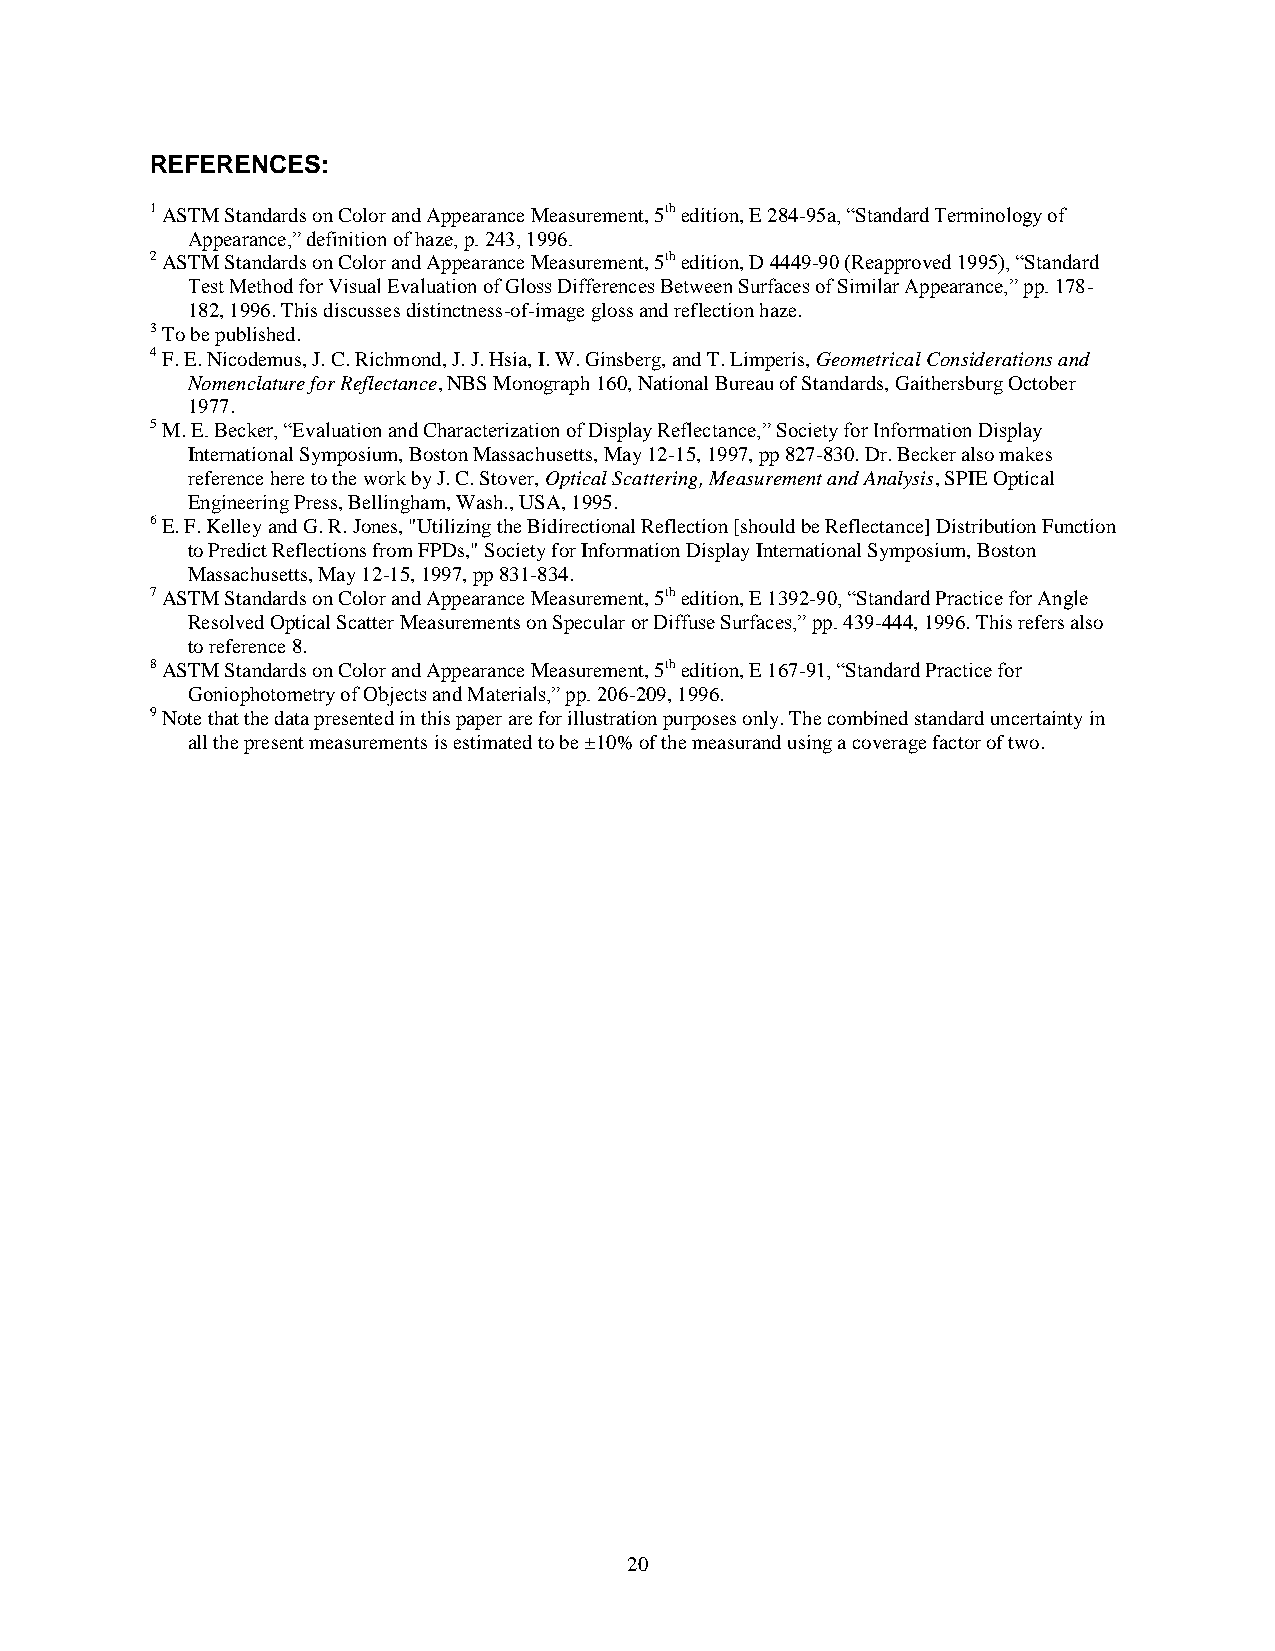
REFERENCES:
 1 ASTM Standards on Color and Appearance Measurement, 5th edition, E 284-95a, “Standard Terminology of
 Appearance,” definition of haze, p. 243, 1996.
 2 ASTM Standards on Color and Appearance Measurement, 5th edition, D 4449-90 (Reapproved 1995), “Standard
 Test Method for Visual Evaluation of Gloss Differences Between Surfaces of Similar Appearance,” pp. 178-
 182, 1996. This discusses distinctness-of-image gloss and reflection haze.
 3 To be published.
 4 F. E. Nicodemus, J. C. Richmond, J. J. Hsia, I. W. Ginsberg, and T. Limperis, Geometrical Considerations and
 Nomenclature for Reflectance, NBS Monograph 160, National Bureau of Standards, Gaithersburg October
 1977.
 5 M. E. Becker, “Evaluation and Characterization of Display Reflectance,” Society for Information Display
 International Symposium, Boston Massachusetts, May 12-15, 1997, pp 827-830. Dr. Becker also makes
 reference here to the work by J. C. Stover, Optical Scattering, Measurement and Analysis, SPIE Optical
 Engineering Press, Bellingham, Wash., USA, 1995.
 6 E. F. Kelley and G. R. Jones, "Utilizing the Bidirectional Reflection [should be Reflectance] Distribution Function
 to Predict Reflections from FPDs," Society for Information Display International Symposium, Boston
 Massachusetts, May 12-15, 1997, pp 831-834.
 7 ASTM Standards on Color and Appearance Measurement, 5th edition, E 1392-90, “Standard Practice for Angle
 Resolved Optical Scatter Measurements on Specular or Diffuse Surfaces,” pp. 439-444, 1996. This refers also
 to reference 8.
 8 ASTM Standards on Color and Appearance Measurement, 5th edition, E 167-91, “Standard Practice for
 Goniophotometry of Objects and Materials,” pp. 206-209, 1996.
 9 Note that the data presented in this paper are for illustration purposes only. The combined standard uncertainty in
 all the present measurements is estimated to be ±10% of the measurand using a coverage factor of two.
 20